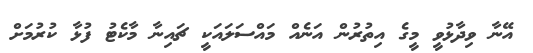
އޭނާ ވިދާޅުވީ މީގެ އިތުރުން އަނެއް މައްސަލައަކީ ޗައިނާ މާކެޓު ފުޅާ ކުރުމަށް